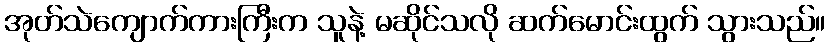
အုတ်သဲကျောက်ကားကြီးက သူနဲ့ မဆိုင်သလို ဆက်မောင်းထွက် သွားသည်။